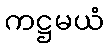
ကဋ္ဌမယံ